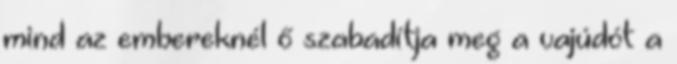
mind az embereknél ő szabadítja meg a vajúdót a